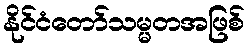
နိုင်ငံတော်သမ္မတအဖြစ်